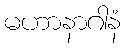
မဟာနာဂါနံ